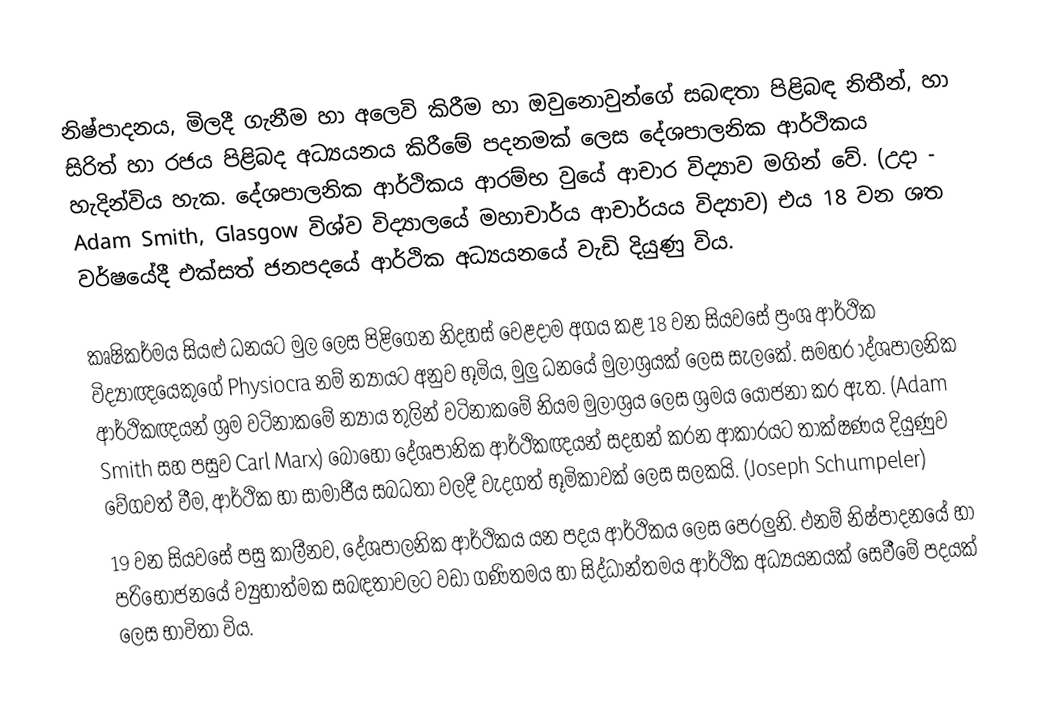
නිෂ්පාදනය, මිලදී ගැනීම හා අලෙවි කිරීම හා ඔවුනොවුන්ගේ සබඳතා පිළිබඳ නිතීන්, හා සිරිත් හා රජය පිළිබද අධ්‍යයනය කිරීමේ පදනමක් ලෙස දේශපාලනික ආර්ථිකය හැදින්විය හැක. දේශපාලනික ආර්ථිකය ආරම්භ වුයේ ආචාර විද්‍යාව මගින් වේ. (උදා - Adam Smith, Glasgow විශ්ව විද්‍යාලයේ මහාචාර්ය ආචාර්යය විද්‍යාව) එය 18 වන ශත වර්ෂයේදී එක්සත් ජනපදයේ ආර්ථික අධ්‍යයනයේ වැඩි දියුණු විය.

කෘෂිකර්මය සියළු ධනයට මුල ලෙස පිළිගෙන නිදහස් වෙළදාම අගය කළ 18 වන සියවසේ ප්‍රංශ ආර්ථික විද්‍යාඥයෙකුගේ Physiocra  නම් න්‍යාය‍ට අනුව භූමිය, මුලු ධනයේ මුලාශ්‍රයක් ලෙස සැලකේ. සමහර ාද්ශපාලනික ආර්ථිකඥයන් ශ්‍රම වටිනාකමේ න්‍යාය තුලින් වටිනාකමේ නියම මුලාශ්‍රය ලෙස ශ්‍රමය යෝජනා කර ඇත. (Adam Smith සහ පසුව Carl Marx) බෝහෝ දේශපානික ආර්ථිකඥයන් සදහන් කරන ආකාරයට තාක්ෂණය දියුණුව වේගවත් වීම, ආර්ථික හා සාමාජීය සබධතා වලදී වැදගත් භූමිකාවක් ලෙස සලකයි. (Joseph Schumpeler)
19 වන සියවසේ පසු කාලීනව, දේශපාලනික ආර්ථිකය යන පදය ආර්ථිකය ලෙස පෙරලුනි. එනම් නිෂ්පාදනයේ හා පරිභෝජනයේ ව්‍යුහාත්මක සබඳතාවලට වඩා  ගණිතමය හා සිද්ධාන්තමය ආර්ථික අධ්‍යයනයක් සෙවීමේ පදයක් ලෙස භාවිතා විය.